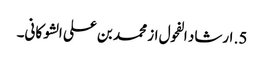
5. ارشاد الفحول از محمد بن علی الشوکانی۔